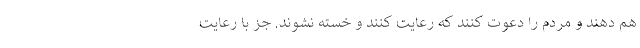
هم دهند و مردم را دعوت کنند که رعایت کنند و خسته نشوند. جز با رعایت